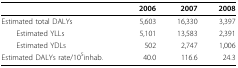
<table><thead><tr><td></td><td><b>2006</b></td><td><b>2007</b></td><td><b>2008</b></td></tr></thead><tbody><tr><td>Estimated total DALYs</td><td>5,603</td><td>16,330</td><td>3,397</td></tr><tr><td> Estimated YLLs</td><td>5,101</td><td>13,583</td><td>2,391</td></tr><tr><td> Estimated YDLs</td><td>502</td><td>2,747</td><td>1,006</td></tr><tr><td>Estimated DALYs rate/10<sup>5</sup>inhab.</td><td>40.0</td><td>116.6</td><td>24.3</td></tr></tbody></table>